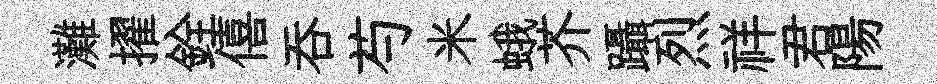
灘擢銓僖呑芍米蛾芥躡烈祥君陽